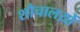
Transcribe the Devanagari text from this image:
शौचालय़ों